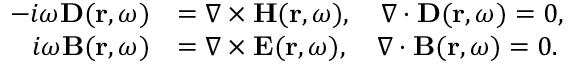
\begin{array} { r l } { - i \omega \mathbf { D } ( \mathbf { r } , \omega ) } & { = \nabla \times \mathbf { H } ( \mathbf { r } , \omega ) , ~ ~ ~ \nabla \cdot \mathbf { D } ( \mathbf { r } , \omega ) = 0 , } \\ { i \omega \mathbf { B } ( \mathbf { r } , \omega ) } & { = \nabla \times \mathbf { E } ( \mathbf { r } , \omega ) , ~ ~ ~ \nabla \cdot \mathbf { B } ( \mathbf { r } , \omega ) = 0 . } \end{array}